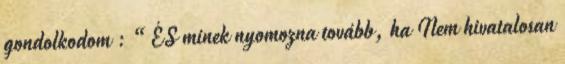
gondolkodom : “ÉS minek nyomozna tovább, ha Nem hivatalosan